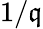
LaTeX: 1/\mathfrak{q}